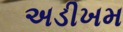
અડીખમ